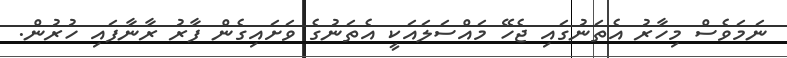
ނަމަވެސް މިހާރު އެތަނުގައި ޖެހޭ މައްސަލައަކީ އެތަނުގެ ވަށައިގެން ފާރު ރާނާފައި ހުރުން.